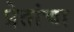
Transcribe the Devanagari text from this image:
प्रेतांचा